Annual report of the Punjab Veterinary College and of the Civil Veterinary Department, Punjab - 1909-1919
Year: 1909
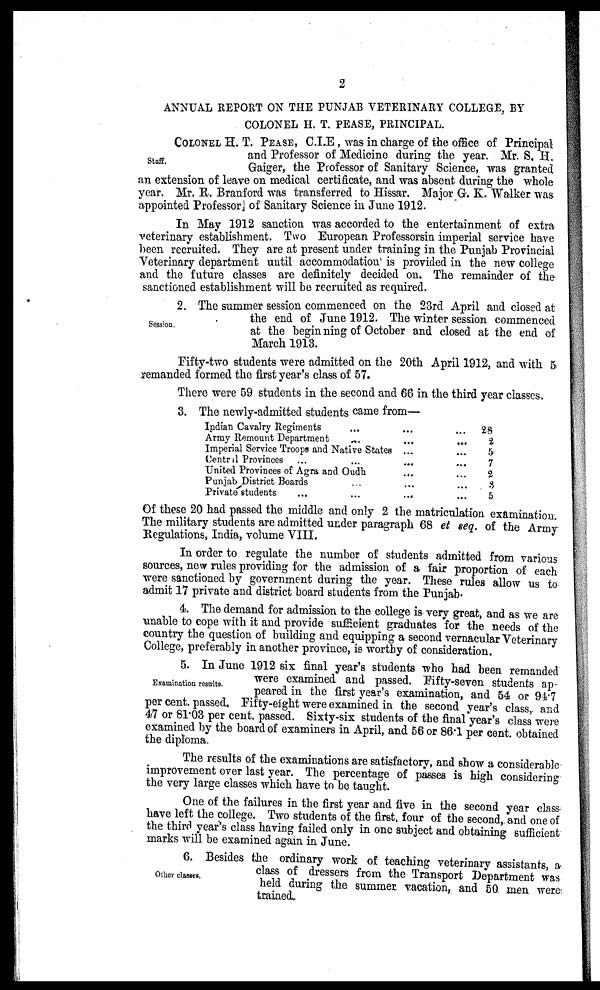
2
ANNUAL REPORT ON THE PUNJAB VETERINARY COLLEGE, BY
COLONEL H. T. PEASE, PRINCIPAL.
Staff.
COLONEL H. T. PEASE, C.I.E , was in charge of the office of Principal
and Professor of Medicine during the year. Mr. S. H.
Gaiger, the Professor of Sanitary Science, was granted
an extension of leave on medical certificate, and was absent during the whole
year. Mr. R. Branford was transferred to Hissar. Major G. K. Walker was
appointed Professor of Sanitary Science in June 1912.
In May 1912 sanction was accorded to the entertainment of extra
veterinary establishment. Two European Professorsin imperial service have
been recruited. They are at present under training in the Punjab Provincial
Veterinary department until accommodation is provided in the new college
and the future classes are definitely decided on. The remainder of the
sanctioned establishment will be recruited as required.
Session.
2. The summer session commenced on the 23rd April and closed at
the end of June 1912. The winter session commenced
at the beginning of October and closed at the end of
March 1913.
Fifty-two students were admitted on the 20th April 1912, and with 5
remanded formed the first year's class of 57.
There were 59 students in the second and 66 in the third year classes.
3. The newly-admitted students came from—
Indian Cavalry Regiments
...
... ...
Army Remount Department
... ... ...
Imperial Service Troops and Native States
... ...
Central Provinces ... ... ...
United Provinces of Agra and Oudh ... ...
Punjab District Boards ... ... ...
Private students
...
...
... ...
28
2
5
7
2
3
5
Of these 20 had passed the middle and only 2 the matriculation examination
The military students are admitted under paragraph 68 et seq. of the Army
Regulations, India, volume VIII.
In order to regulate the number of students admitted from various
sources, new rules providing for the admission of a fair proportion of each
were sanctioned by government during the year. These rules allow us to
admit 17 private and district board students from the Punjab.
4. The demand for admission to the college is very great, and as we are
unable to cope with it and provide sufficient graduates for the needs of the
country the question of building and equipping a second vernacular Veterinary
College, preferably in another province, is worthy of consideration.
Examination results.
5. In June 1912 six final year's students who had been remanded
were examined and passed. Fifty-seven students ap-
peared in the first year's examination, and 54 or 94.7
per cent. passed. Fifty-eight were examined in the second year's class, and
47 or 81.03 per cent. passed. Sixty-six students of the final year's class were
examined by the board of examiners in April, and 56 or 86.1 per cent. obtained
the diploma.
The results of the examinations are satisfactory, and show a considerable
improvement over last year. The percentage of passes is high considering
the very large classes which have to be taught.
One of the failures in the first year and five in the second year class
have left the college. Two students of the first, four of the second, and one of
the third year's class having failed only in one subject and obtaining sufficient
marks will be examined again in June.
Other classes.
6. Besides the ordinary work of teaching veterinary assistants, a
class of dressers from the Transport Department was
held during the summer vacation, and 50 men were
trained.